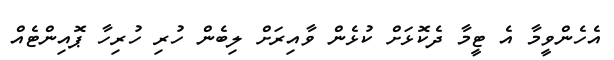
އެހެންވީމާ އެ ޓީމާ ދެކޮޅަށް ކުޅެން ވާއިރަށް ލިބެން ހުރި ހުރިހާ ޕޮއިންޓެއް